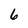
Character: 6